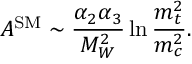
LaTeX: A ^ { \mathrm { S M } } \sim \frac { \alpha _ { 2 } \alpha _ { 3 } } { M _ { W } ^ { 2 } } \ln \frac { m _ { t } ^ { 2 } } { m _ { c } ^ { 2 } } .